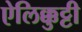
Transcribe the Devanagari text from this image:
ऐलिक्कुट्टी